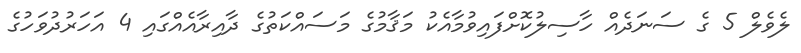
ލެވެލް 5 ގެ ސަނަދެއް ހާސިލުކޮށްފައިވުމާއެކު މަޤާމުގެ މަސައްކަތުގެ ދާއިރާއެއްގައި 4 އަހަރުދުވަހުގެ